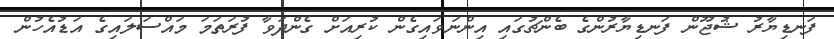
ފަނޑިޔާރު ޝުޖޫން ފަނޑިޔާރުންގެ ބެންޗުގައި އިންނަވައިގެން ކުރިއަށް ގެންދަވާ ފުރަތަމަ މައްސަލައިގެ އަޑުއެހުން